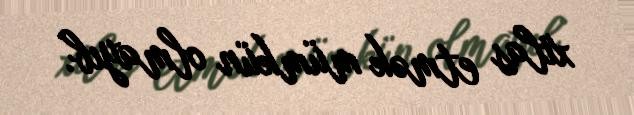
xilas etmək mümkün olmayıb.